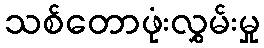
သစ်တောဖုံးလွှမ်းမှု